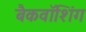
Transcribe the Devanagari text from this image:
बैकवॉशिंग